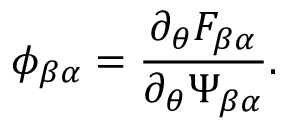
\phi _ { \beta \alpha } = \frac { \partial _ { \theta } F _ { \beta \alpha } } { \partial _ { \theta } \Psi _ { \beta \alpha } } .